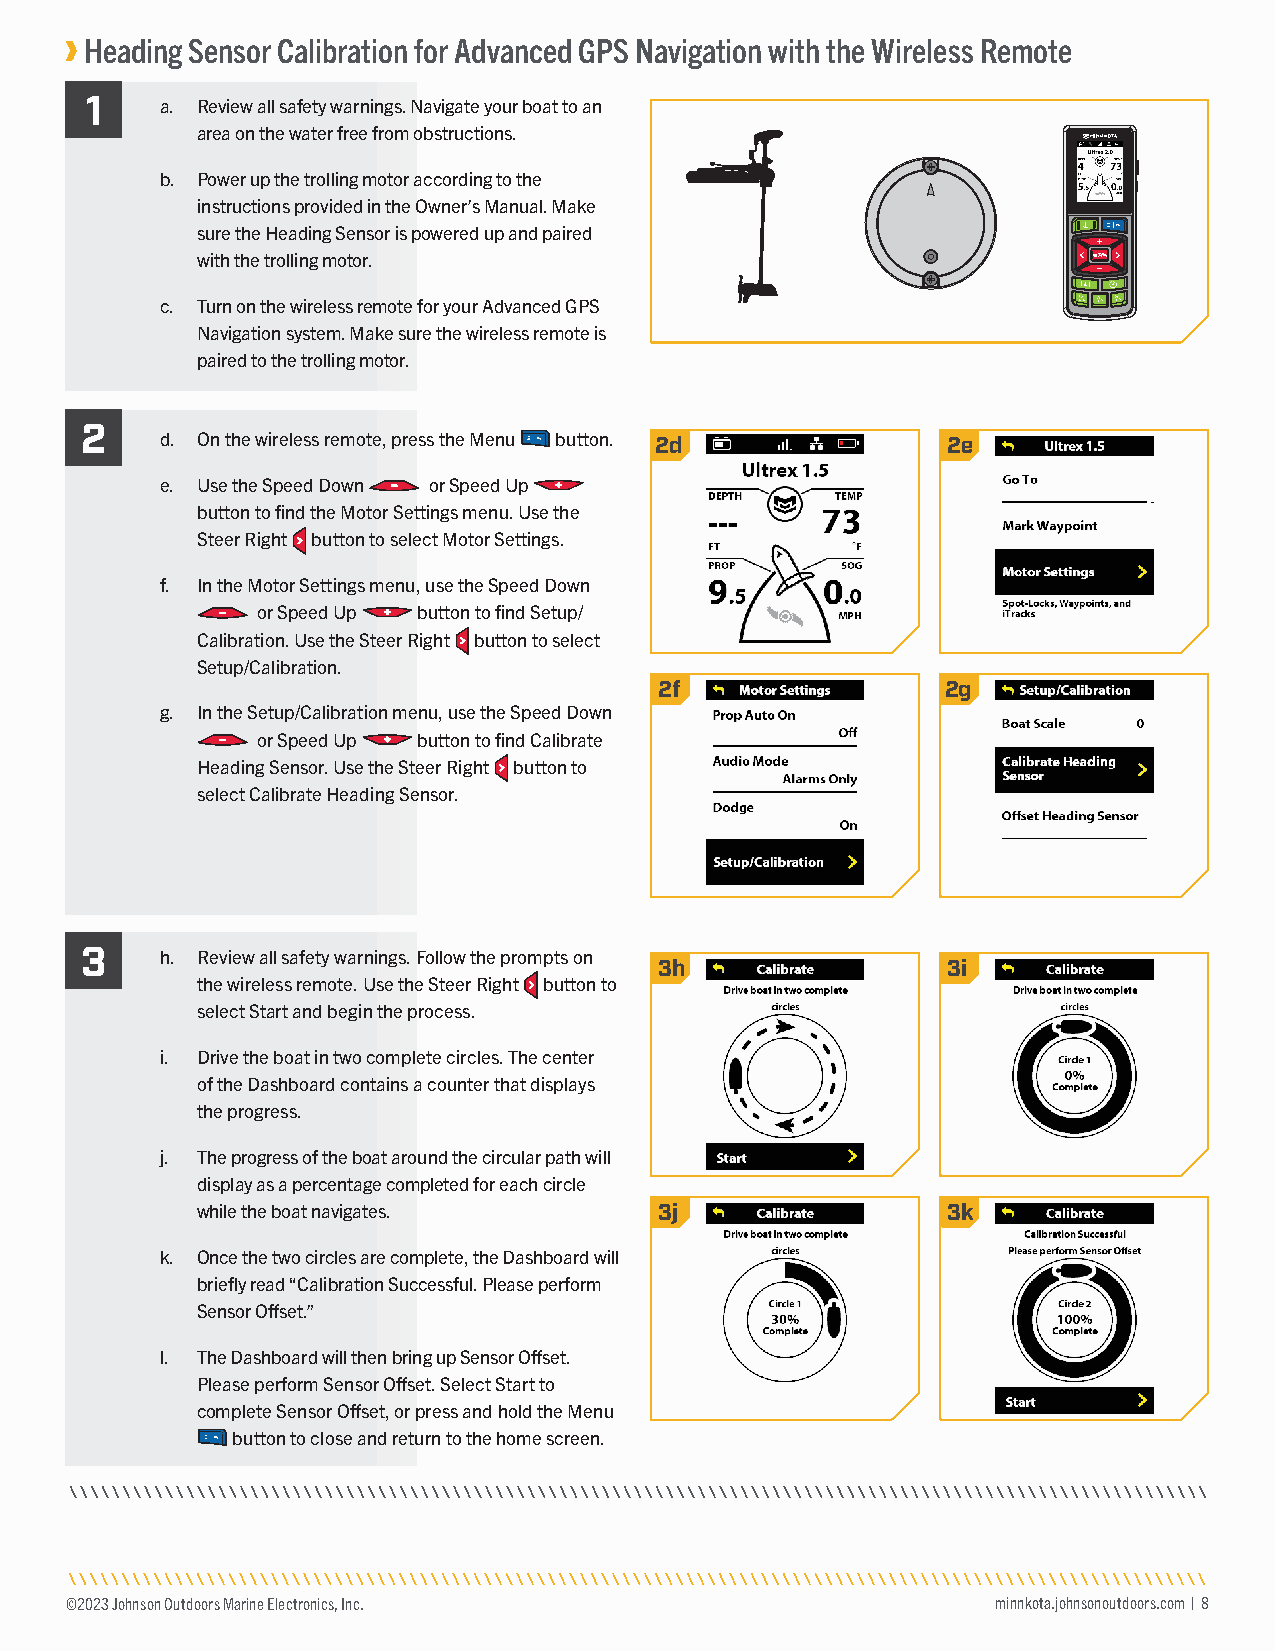
Heading Sensor Calibration for Advanced GPS Navigation with the Wireless Remote
 1
 a. Review all safety warnings. Navigate your boat to an
 area on the water free from obstructions.
 b. Power up the trolling motor according to the
 instructions provided in the Owner’s Manual. Make
 sure the Heading Sensor is powered up and paired
 with the trolling motor.
 c. Turn on the wireless remote for your Advanced GPS
 Navigation system. Make sure the wireless remote is
 paired to the trolling motor.
 2
 d. On the wireless remote, press the Menu button. 2d 2e
 e. Use the Speed Down or Speed Up
 button to find the Motor Settings menu. Use the
 Steer Right button to select Motor Settings.
 f. In the Motor Settings menu, use the Speed Down
 or Speed Up button to find Setup/
 Calibration. Use the Steer Right button to select
 Setup/Calibration.
 2f                 2g
 g. In the Setup/Calibration menu, use the Speed Down
 or Speed Up button to find Calibrate
 Heading Sensor. Use the Steer Right button to
 select Calibrate Heading Sensor.
 3
 h. Review all safety warnings. Follow the prompts on
 3h                 3i
 the wireless remote. Use the Steer Right button to
 select Start and begin the process.
 i. Drive the boat in two complete circles. The center
 of the Dashboard contains a counter that displays
 the progress.
 j. The progress of the boat around the circular path will
 display as a percentage completed for each circle
 while the boat navigates.      3j                 3k
 k. Once the two circles are complete, the Dashboard will
 briefly read “Calibration Successful. Please perform
 Sensor Offset.”
 l. The Dashboard will then bring up Sensor Offset.
 Please perform Sensor Offset. Select Start to
 complete Sensor Offset, or press and hold the Menu
 button to close and return to the home screen.
 ©2023 Johnson Outdoors Marine Electronics, Inc.               minnkota.johnsonoutdoors.com | 8